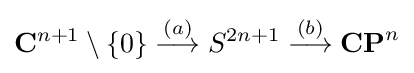
\mathbf {C} ^{n+1}\setminus \{0\}\mathrel {\stackrel {(a)}{\longrightarrow }} S^{2n+1}\mathrel {\stackrel {(b)}{\longrightarrow }} \mathbf {CP} ^{n}